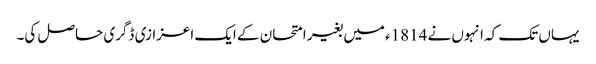
یہاں تک کہ انہوں نے 1814ء میں بغیر امتحان کے ایک اعزازی ڈگری حاصل کی۔